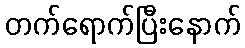
တက်ရောက်ပြီးနောက်